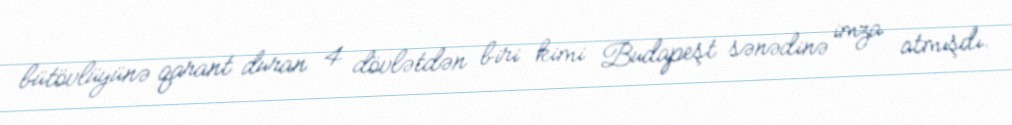
bütövlüyünə qarant duran 4 dövlətdən biri kimi Budapeşt sənədinə imza atmışdı.